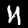
Label: 4